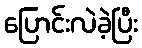
ပြောင်းလဲခဲ့ပြီး